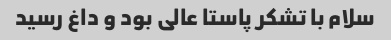
سلام با تشکر پاستا عالی بود و داغ رسید